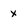
Character: x